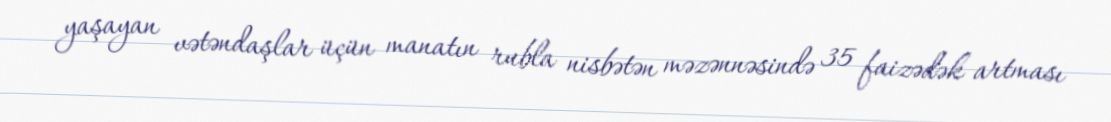
yaşayan vətəndaşlar üçün manatın rubla nisbətən məzənnəsində 35 faizədək artması